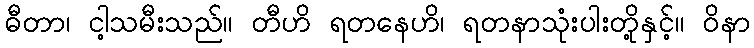
ဓီတာ၊ ငါ့သမီးသည်။ တီဟိ ရတနေဟိ၊ ရတနာသုံးပါးတို့နှင့်။ ဝိနာ